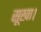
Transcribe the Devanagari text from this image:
सूखा।